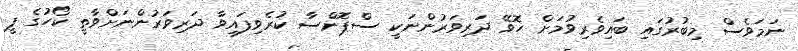
ނަމަވެސް މިބުރުގައި ބައިވެރިވުމަށް ހޮވޭ ދަރިވަރުންނަކީ ސްޕޮންސާ ކުރެވިފައިވާ ދަރިވަރުންނަށްވާތީ ކޯހުގެ ފީ